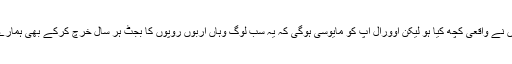
ہوسکتا ہے دو تین سفیروں نے واقعی کچھ کیا ہو لیکن اوورآل آپ کو مایوسی ہوگی کہ یہ سب لوگ وہاں اربوں روپوں کا بجٹ ہر سال خرچ کرکے بھی ہمارے لیے کچھ نہ کر سکے ۔